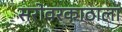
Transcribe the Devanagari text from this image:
सरोवरकाठाला